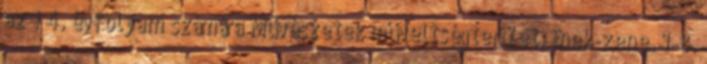
az 1 4. évfolyam számára Művészetek műveltségterület. Ének-zene. 1-8.